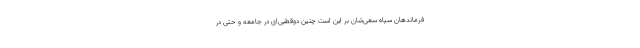
فرماندهان سپاه سعی‌شان بر این است چنین دوقطبی‌ای در جامعه و حتی در